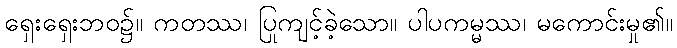
ရှေးရှေးဘဝ၌။ ကတဿ၊ ပြုကျင့်ခဲ့သော။ ပါပကမ္မဿ၊ မကောင်းမှု၏။